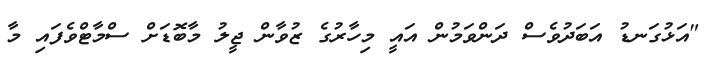
"އަޅުގަނޑު އަަބަދުވެސް ދަންވަމުން އައީ މިހާރުގެ ޒުވާން ޖީލު މާބޮޑަށް ސްމާޓްވެފައި މާ